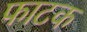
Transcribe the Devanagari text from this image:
फाटक